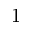
1